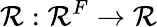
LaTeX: \mathcal{R}:\mathbb{{\mathcal{R}}}^{F}\xrightarrow{{}}{{}}\mathbb{{\mathcal{R}}}